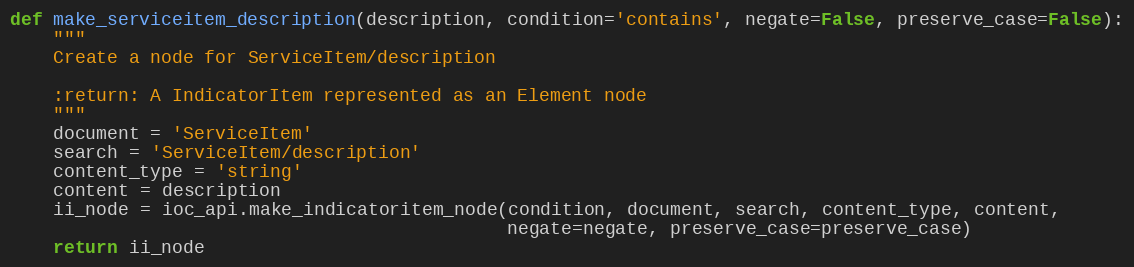
Language: Python
def make_serviceitem_description(description, condition='contains', negate=False, preserve_case=False):
    """
    Create a node for ServiceItem/description

    :return: A IndicatorItem represented as an Element node
    """
    document = 'ServiceItem'
    search = 'ServiceItem/description'
    content_type = 'string'
    content = description
    ii_node = ioc_api.make_indicatoritem_node(condition, document, search, content_type, content,
                                              negate=negate, preserve_case=preserve_case)
    return ii_node